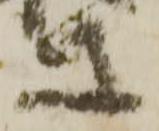
等